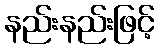
နည်းနည်းဖြင့်